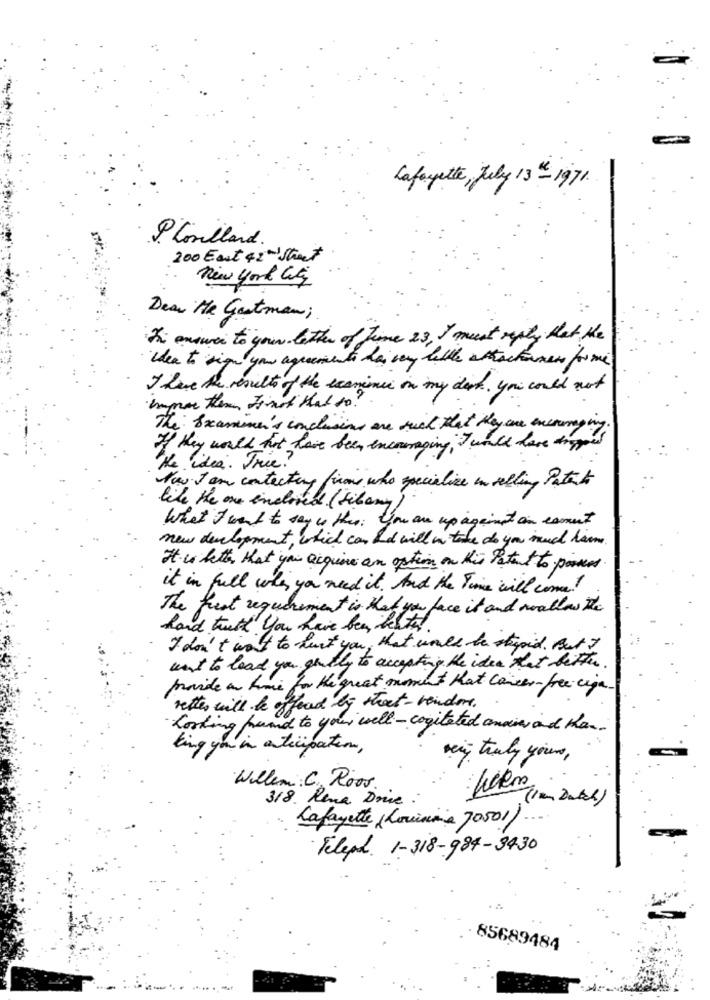
Lafayette, July 13th-1971.
Plorillard.
200 East 42nd Street
new york City
Dear MR Gaatman;
The answer to your le ther of time 23, I must reply that the
When to sign you agreements has very helle attackonen forme
I here the results of the examine on my desk . you could not
impor them Finst Hal to ?
The: Examine's conclusions are such that they are encouraging .
If they would hat have been encouraging , I would have anypont
the idea. Trie?
Now. I am contacting firms who specialize in selling Patent
like the one enclosed (Libary)
What I want to say is this: you are up against an esmet
new development, which can and will in take do you maud hamm
It is better, that you acquire an option on this Patent to posses.
it in full when you need it. And the Time will come!
The frest requirement is that you face it and noallow the
hard twith you have been, les tel.
I don't want to hurt you , that would be stupid. But I
want to lead you gently to accepting the idea that better.
provide an time for the great moment hat cancer-free cija
retter will be offered by street- london.
looking fund to your well - cogitated anains and than.
ting you in anticipation,
vi truly yours,
Willem : C Roos.
318. Rena Drive
Lafayette (Louisine 70501) ...
Feleph. 1-318-984-3430
85689484